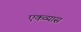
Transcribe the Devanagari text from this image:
एकव्यास